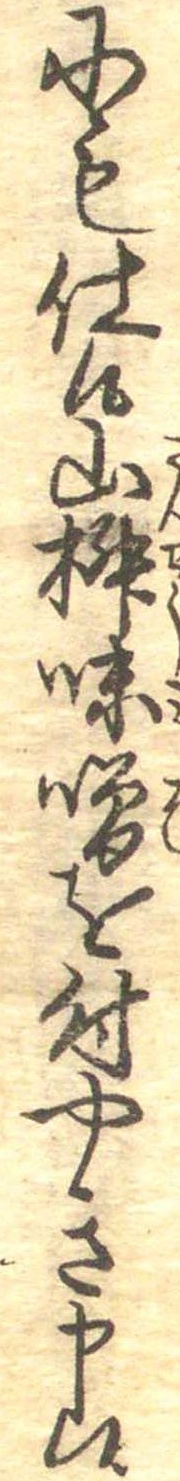
にも仕候山椒味噌を付やき申候